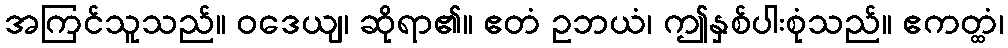
အကြင်သူသည်။ ဝဒေယျ၊ ဆိုရာ၏။ ဧတံ ဥဘယံ၊ ဤနှစ်ပါးစုံသည်။ ဧကတ္ထံ၊